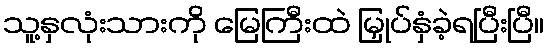
သူ့နှလုံးသားကို မြေကြီးထဲ မြှုပ်နှံခဲ့ရပြီးပြီ။